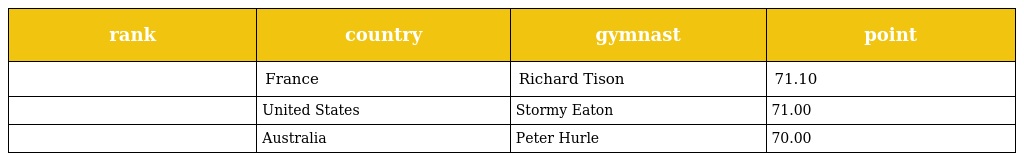
| rank | country | gymnast | point |
 | --- | --- | --- | --- |
 |  | France | Richard Tison | 71.10 |
 |  | United States | Stormy Eaton | 71.00 |
 |  | Australia | Peter Hurle | 70.00 |